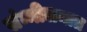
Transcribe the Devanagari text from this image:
संम्मीलनात